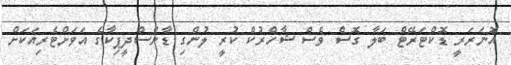
އޮނަރަރީ ޑޮކްޓަރޭޓް ބަލާ ގޮސް ވެސް ޝާހްރުކް ކުރީ ލުންގި ޑާންސްދީޕިކާގެ އަވަށްޓެރިއަކަށް